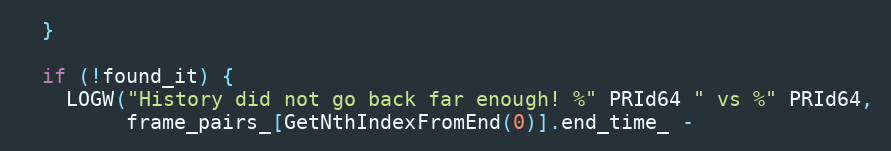
Language: C++
  }

  if (!found_it) {
    LOGW("History did not go back far enough! %" PRId64 " vs %" PRId64,
         frame_pairs_[GetNthIndexFromEnd(0)].end_time_ -